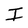
Character: I